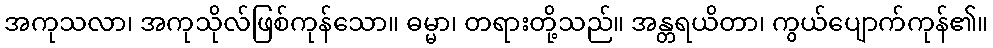
အကုသလာ၊ အကုသိုလ်ဖြစ်ကုန်သော။ ဓမ္မာ၊ တရားတို့သည်။ အန္တရယိတာ၊ ကွယ်ပျောက်ကုန်၏။